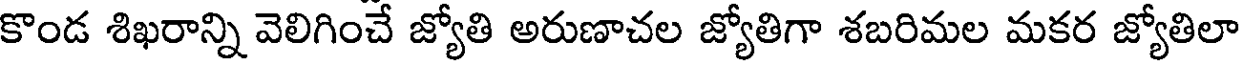
కొండ శిఖరాన్ని వెలిగించే జ్యోతి అరుణాచల జ్యోతిగా శబరిమల మకర జ్యోతిలా